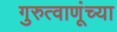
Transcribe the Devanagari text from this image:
गुरुत्वाणूंच्या